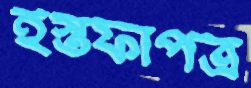
ইস্তফাপত্র